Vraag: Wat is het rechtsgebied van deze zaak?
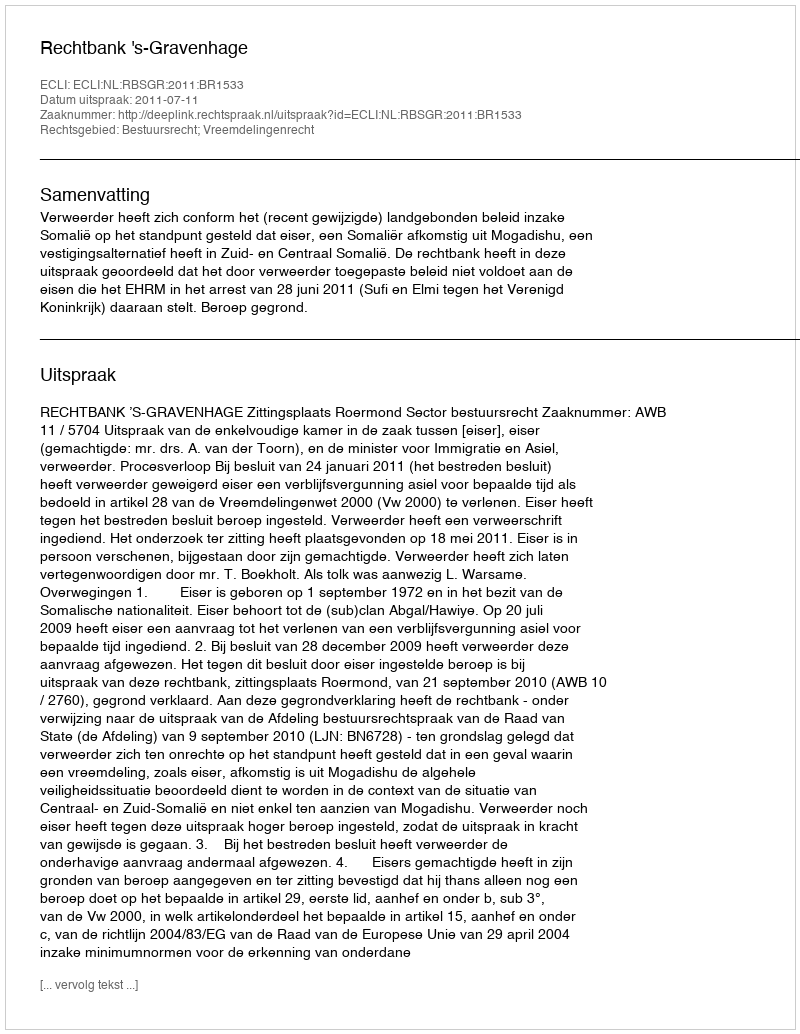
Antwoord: Bestuursrecht; Vreemdelingenrecht